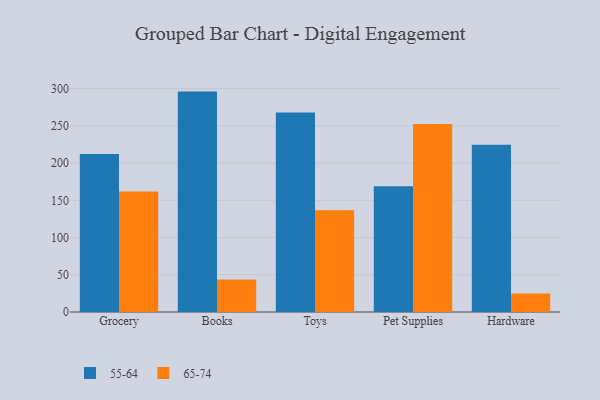
{"axis": {"x": "Category", "y": "Shipments"}, "legend": ["55-64", "65-74"], "data": [{"x": "Grocery", "y": 212.3, "type": "55-64"}, {"x": "Grocery", "y": 162.0, "type": "65-74"}, {"x": "Books", "y": 296.0, "type": "55-64"}, {"x": "Books", "y": 43.8, "type": "65-74"}, {"x": "Toys", "y": 267.9, "type": "55-64"}, {"x": "Toys", "y": 136.8, "type": "65-74"}, {"x": "Pet Supplies", "y": 168.8, "type": "55-64"}, {"x": "Pet Supplies", "y": 252.6, "type": "65-74"}, {"x": "Hardware", "y": 224.6, "type": "55-64"}, {"x": "Hardware", "y": 24.7, "type": "65-74"}]}